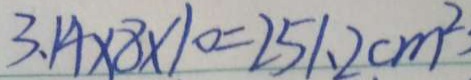
3 . 1 4 \times 8 \times 1 0 = 2 5 1 . 2 c m ^ { 2 }